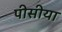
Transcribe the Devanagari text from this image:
पीसीया